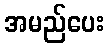
အမည်ပေး